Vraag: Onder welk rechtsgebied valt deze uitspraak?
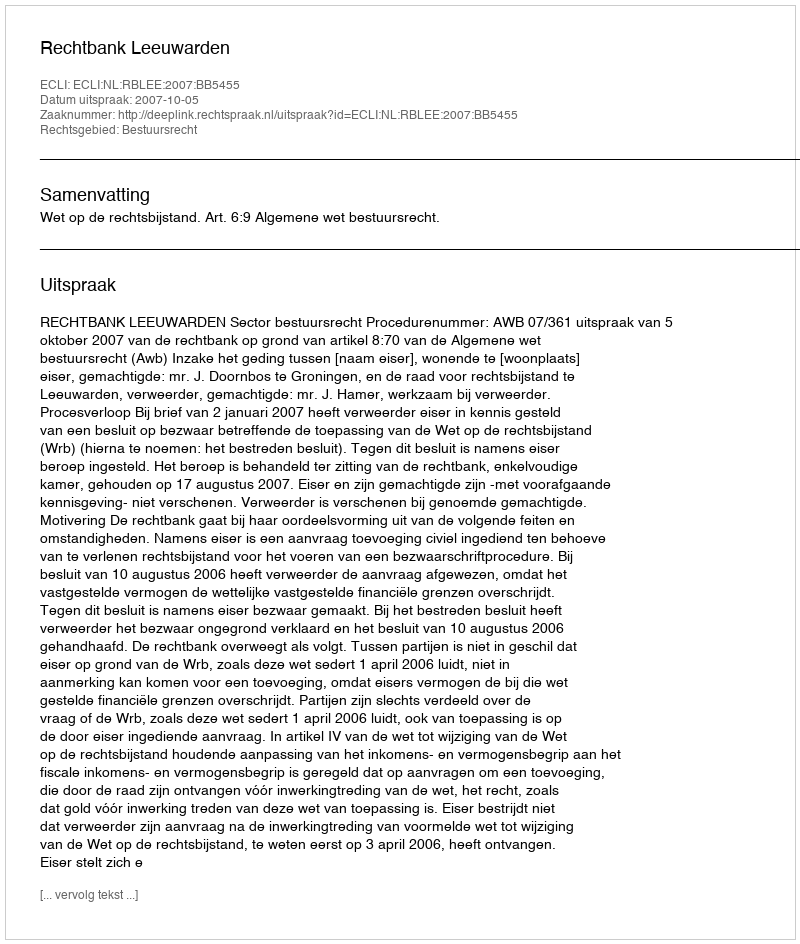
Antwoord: Bestuursrecht